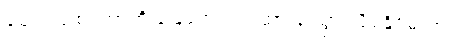
ဈေးဝယ်စင်တာကို မြေအောက်ရထားနဲ့ သွားလို့ရနိုင်မလား။